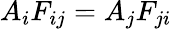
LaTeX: A_{i}F_{ij}=A_{j}F_{ji}